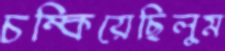
চম্‌কিয়েছিলুম